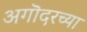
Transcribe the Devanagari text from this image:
अगॊदरच्या